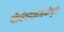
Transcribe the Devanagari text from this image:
दीर्घकालावधीमुळे